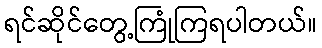
ရင်ဆိုင်တွေ့ကြုံကြရပါတယ်။